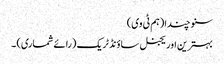
سنو چندا (ہم ٹی وی)
بہترین اوریجنل ساؤنڈ ٹریک (رائے شماری) ۔